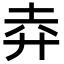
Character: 𢌻